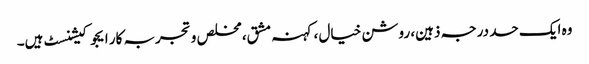
وہ ایک حد درجہ ذہین، روشن خیال ، کہنہ مشق، مخلص و تجربہ کار ایجوکیشنسٹ ہیں۔